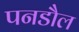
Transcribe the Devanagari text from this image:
पनडौल